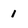
Character: 1